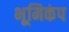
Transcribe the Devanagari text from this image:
भूमिकंप